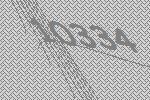
10334